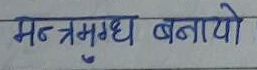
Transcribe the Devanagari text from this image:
मन्त्रमुग्ध बनायो